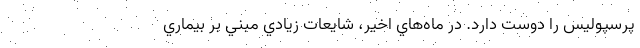
پرسپوليس را دوست دارد. در ماه‌هاي اخير، شايعات زيادي مبني بر بيماري